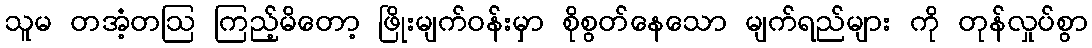
သူမ တအံ့တဩ ကြည့်မိတော့ ဖြိုးမျက်ဝန်းမှာ စိုစွတ်နေသော မျက်ရည်များ ကို တုန်လှုပ်စွာ